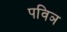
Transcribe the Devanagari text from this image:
पविञ